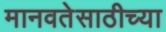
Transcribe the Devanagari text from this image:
मानवतेसाठीच्या